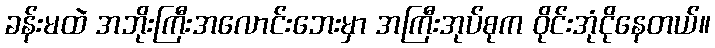
ခန်းမထဲ အဘိုးကြီးအလောင်းဘေးမှာ အကြီးအုပ်စုက ဝိုင်းအုံငိုနေတယ်။